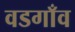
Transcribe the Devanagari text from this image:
वडगाँव